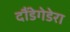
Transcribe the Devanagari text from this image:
दौंडेगेडेरा